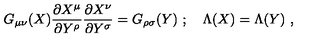
G _ { \mu \nu } ( X ) \frac { \partial X ^ { \mu } } { \partial Y ^ { \rho } } \frac { \partial X ^ { \nu } } { \partial Y ^ { \sigma } } = G _ { \rho \sigma } ( Y ) \ ; \quad \Lambda ( X ) = \Lambda ( Y ) \ ,